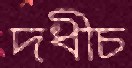
দধীচ